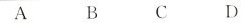
A B C D